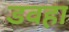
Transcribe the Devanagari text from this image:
डवहा